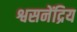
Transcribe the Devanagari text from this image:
श्वसनेंद्रिय